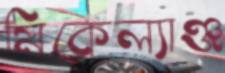
মিকেল্যাঞ্জ